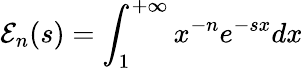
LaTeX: {\cal E}_{n}(s)=\int_{1}^{+\infty}x^{-n}e^{-sx}dx